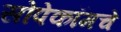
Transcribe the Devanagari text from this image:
सोपेकॉमचे